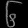
Digit: ၆